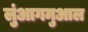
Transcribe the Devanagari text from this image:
लुंआगमुआल